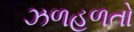
ઝળહળતો